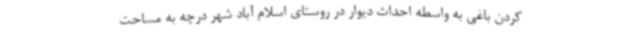
کردن باغی به واسطه احداث دیوار در روستای اسلام آباد شهر درچه به مساحت